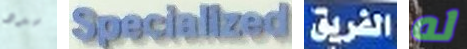
سدد Specialized الفريق له